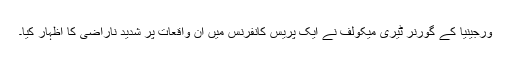
ورجینیا کے گورنر ٹیری میکولف نے ایک پریس کانفرنس میں ان واقعات پر شدید ناراضی کا اظہار کیا۔